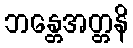
ဘန္တေအတ္တနိ